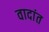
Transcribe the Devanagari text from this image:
वादांत